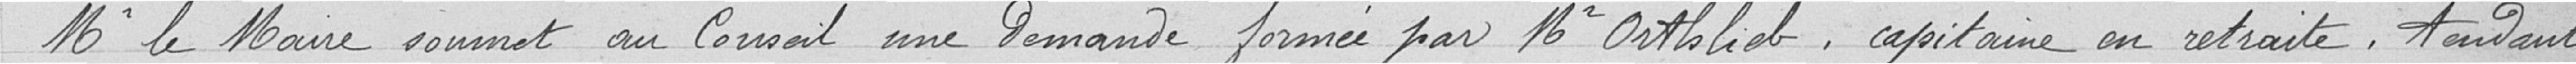
Monsieur le Maire soumet au Conseil, une demande formée par Monsieur ORTHLIEB, capitaine en retraite,tendant